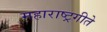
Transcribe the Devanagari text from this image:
महाराष्ट्रगीते